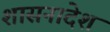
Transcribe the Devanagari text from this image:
शासनादेश